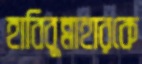
হাবিবুন্নাহারকে